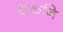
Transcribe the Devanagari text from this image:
धकनि